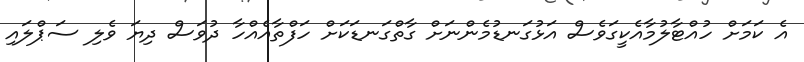
އެ ކަމަށް ހުއްޓާލުމާއެކީގަވެސް އަޅުގަނޑުމެންނަށް ގާތްގަނޑަކަށް ހަފްތާއެއްހާ ދުވަސް ދިޔަ ވެލި ސަޕްލައި